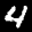
Label: 4